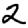
Digit: 2